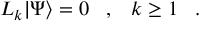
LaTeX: L _ { k } | \Psi \rangle = 0 \; \; \; , \; \; \; k \geq 1 \; \; \; .